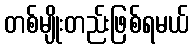
တစ်မျိုးတည်းဖြစ်ရမယ်